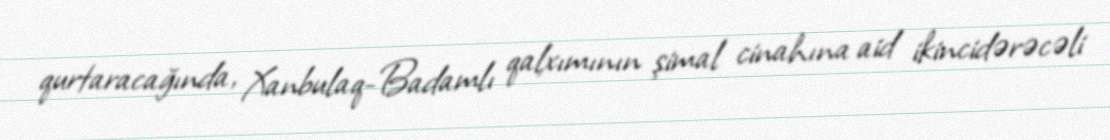
qurtaracağında, Xanbulaq-Badamlı qalxımının şimal cinahına aid ikincidərəcəli